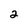
Character: 2